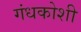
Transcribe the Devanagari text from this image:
गंधकोशी